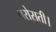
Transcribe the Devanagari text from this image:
परोसती।